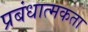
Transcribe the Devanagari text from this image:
प्रबंधात्मकता